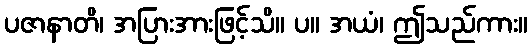
ပဇာနာတိ၊ အပြားအားဖြင့်သိ။ ပ။ အယံ၊ ဤသည်ကား။